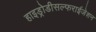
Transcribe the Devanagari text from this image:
हाइड्रोडीसल्फराईजेशन